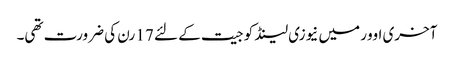
آخری اوور میں نیوزی لینڈ کو جیت کے لئے 17 رن کی ضرورت تھی۔